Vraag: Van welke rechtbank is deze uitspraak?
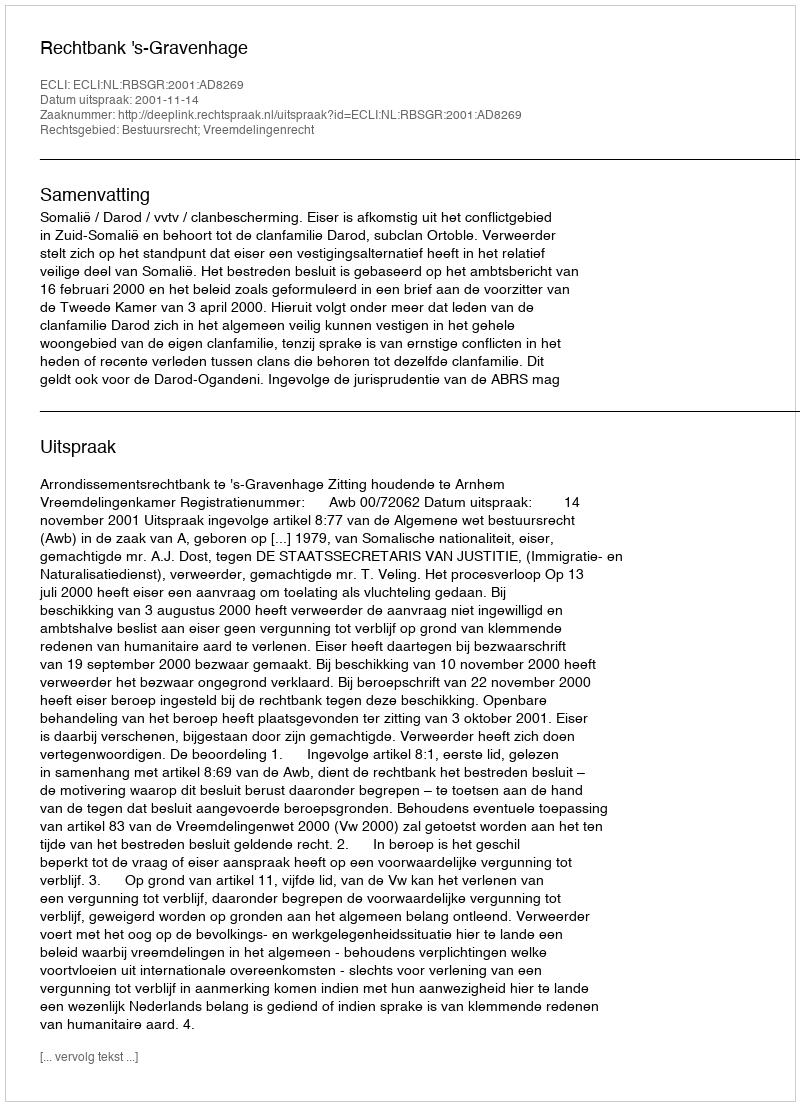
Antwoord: Rechtbank 's-Gravenhage